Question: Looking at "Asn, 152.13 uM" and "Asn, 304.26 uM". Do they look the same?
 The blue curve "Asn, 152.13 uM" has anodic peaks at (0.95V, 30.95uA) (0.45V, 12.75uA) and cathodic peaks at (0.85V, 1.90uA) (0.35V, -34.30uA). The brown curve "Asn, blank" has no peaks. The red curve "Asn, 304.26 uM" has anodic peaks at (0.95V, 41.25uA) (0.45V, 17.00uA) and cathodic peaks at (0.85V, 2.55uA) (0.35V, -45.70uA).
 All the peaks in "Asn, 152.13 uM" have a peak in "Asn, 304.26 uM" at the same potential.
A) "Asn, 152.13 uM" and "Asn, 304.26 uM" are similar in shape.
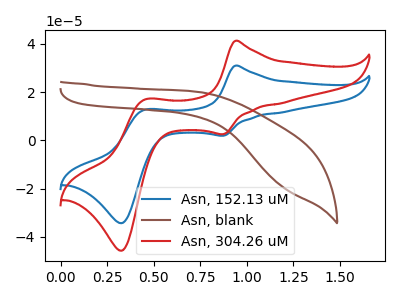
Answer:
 <answer>A) "Asn, 152.13 uM" and "Asn, 304.26 uM" are similar in shape.</answer>
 <eval>A</eval>